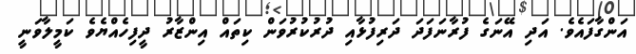
އަންގާފައެވެ. އަދި އޭނަގެ ފުރާނަފަދަ ދަރިފުޅާއި ދުރުކުރުވަން ކިތައް އިންޒާރު ދީފިހެއްޔެވެ ކަމީލާވަނީ